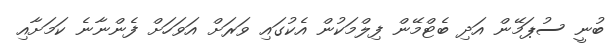
ބުނީ ސުޕަމޭން އަދި ބެޓްމޭން ފިލްމަކުން އެކުގައި ވަރަށް އަވަހަށް ފެންނާނެ ކަމަށާއި